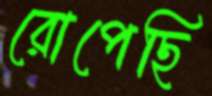
রোপেছি